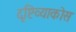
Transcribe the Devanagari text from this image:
दृष्टिव्याकोस